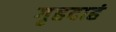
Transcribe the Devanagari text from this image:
गृहदाहं